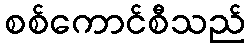
စစ်ကောင်စီသည်